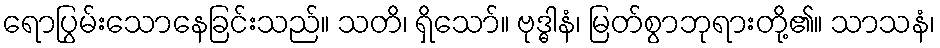
ရောပြွမ်းသောနေခြင်းသည်။ သတိ၊ ရှိသော်။ ဗုဒ္ဓါနံ၊ မြတ်စွာဘုရားတို့၏။ သာသနံ၊